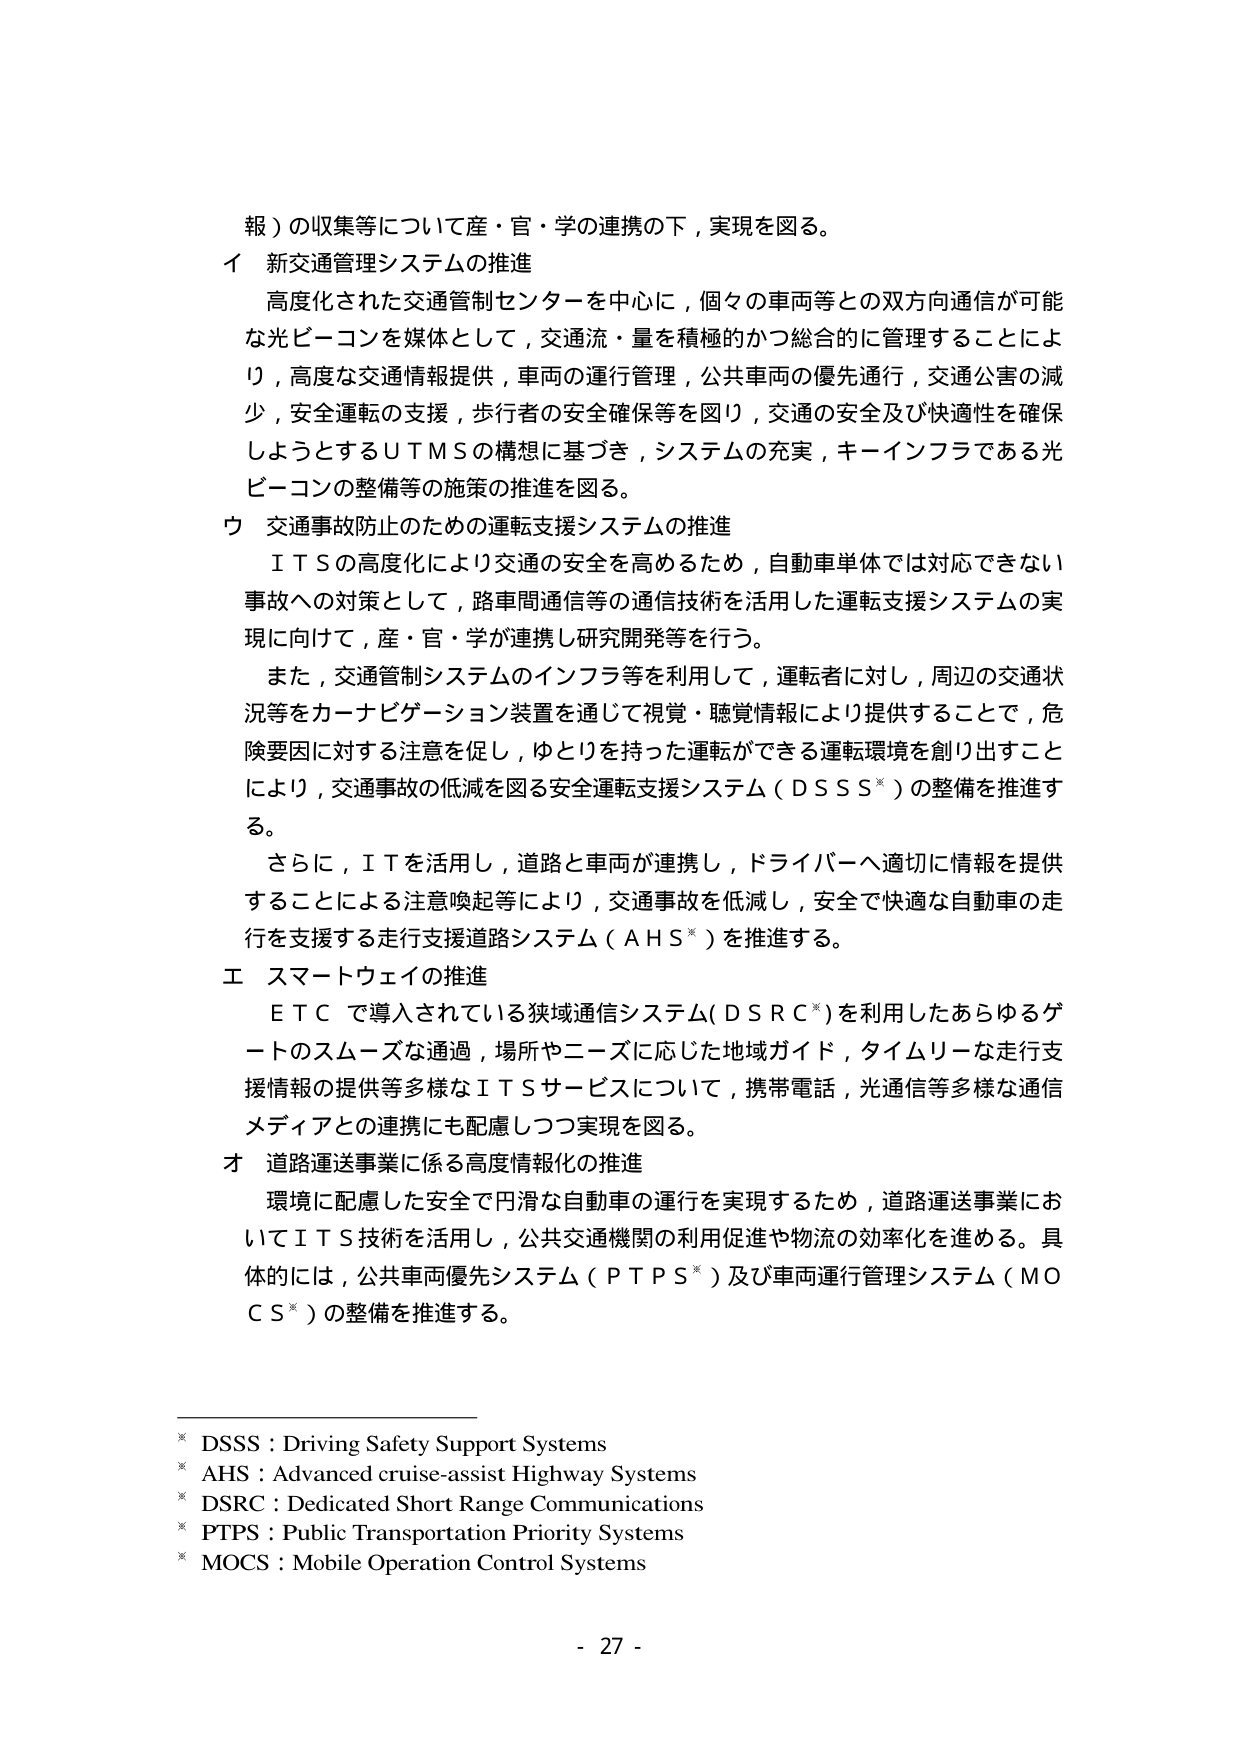
報）の収集等について産・官・学の連携の下，実現を図る。

イ 新交通管理システムの推進
高度化された交通管制センターを中心に，個々の車両等との双方向通信が可能な光ビーコンを媒体として，交通流・量を積極的かつ総合的に管理することにより，高度な交通情報提供，車両の運行管理，公共車両の優先通行，交通公害の減少，安全運転の支援，歩行者の安全確保等を図り，交通の安全及び快適性を確保しようとするＵＴＭＳの構想に基づき，システムの充実，キーインフラである光ビーコンの整備等の施策の推進を図る。

ウ 交通事故防止のための運転支援システムの推進
ＩＴＳの高度化により交通の安全を高めるため，自動車単体では対応できない事故への対策として，路車間通信等の通信技術を活用した運転支援システムの実現に向けて，産・官・学が連携し研究開発等を行う。
また，交通管制システムのインフラ等を利用して，運転者に対し，周辺の交通状況等をカーナビゲーション装置を通じて視覚・聴覚情報により提供することで，危険要因に対する注意を促し，ゆとりを持った運転ができる運転環境を創り出すことにより，交通事故の低減を図る安全運転支援システム（ＤＳＳＳ※）の整備を推進する。
さらに，ＩＴを活用し，道路と車両が連携し，ドライバーへ適切に情報を提供することによる注意喚起等により，交通事故を低減し，安全で快適な自動車の走行を支援する走行支援道路システム（ＡＨＳ※）を推進する。

エ スマートウェイの推進
ＥＴＣで導入されている狭域通信システム（ＤＳＲＣ※）を利用したあらゆるゲートのスムーズな通過，場所やニーズに応じた地域ガイド，タイムリーな走行支援情報の提供等多様なＩＴＳサービスについて，携帯電話，光通信等多様な通信メディアとの連携にも配慮しつつ実現を図る。

オ 道路運送事業に係る高度情報化の推進
環境に配慮した安全で円滑な自動車の運行を実現するため，道路運送事業においてＩＴＳ技術を活用し，公共交通機関の利用促進や物流の効率化を進める。具体的には，公共車両優先システム（ＰＴＰＳ※）及び車両運行管理システム（ＭＯＣＳ※）の整備を推進する。

※ DSSS：Driving Safety Support Systems
※ AHS：Advanced cruise-assist Highway Systems
※ DSRC：Dedicated Short Range Communications
※ PTPS：Public Transportation Priority Systems
※ MOCS：Mobile Operation Control Systems

- 27 -